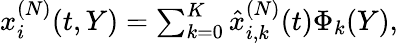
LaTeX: \begin{array}{r}{x_{i}^{(N)}(t,Y)=\sum_{k=0}^{K}\hat{x}_{i,k}^{(N)}(t)\Phi_{k}(Y),}\end{array}